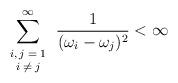
LaTeX: \begin{align*}\sum_{\scriptsize\begin{array}{c}i,j=1\\i\neq j\end{array}}^\infty\frac{1}{(\omega_i-\omega_j)^2}<\infty \end{align*}